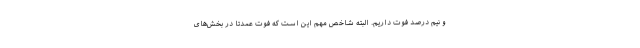
و نیم درصد فوت داریم. البته شاخص مهم این است که فوت عمدتا در بخش‌های